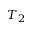
T _ { 2 }